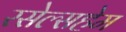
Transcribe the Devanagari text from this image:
रसेल्सहेम